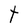
Character: t